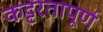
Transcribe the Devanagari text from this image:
कट्टरतापूर्ण